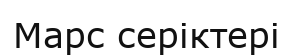
Марс серіктері